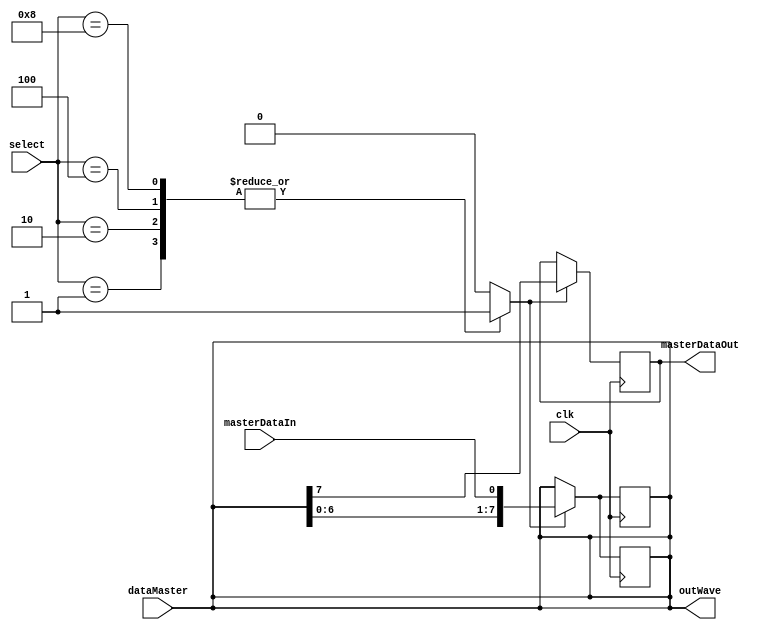
module master(clk,select,dataMaster,masterDataOut,masterDataIn,outWave);
input clk;
input [4:1] select;
input [7:0] dataMaster;
input masterDataIn;
output reg masterDataOut;
output reg [7:0] outWave;
//
parameter Slave1 = 4'b0001, Slave2 = 4'b0010, Slave3 = 4'b0100, Slave4 = 4'b1000;
//
reg [7:0] data;
reg en = 0;
integer count = 0;
// 
always @(dataMaster) begin // If dataMaster change the transmission will start begin
    data = dataMaster;
    count = 0;
    outWave = data;
    // select == en, it only active HIGH when only one slave in 4 slaves was selected
    case (select)
    Slave1: en = 1;
    Slave2: en = 1;
    Slave3: en = 1;
    Slave4: en = 1;
    // if number of slaves was selected >= 2, The Transmission didn't started
    default: en = 0;
    endcase
end
//
always @(posedge clk) begin
    if (en) begin
        if (count < 9) begin
            data = data << 1;
            data[0] = masterDataIn;
            outWave = data;
        end
        else begin
            outWave = data;
        end
    end
    else begin
        outWave = data;
    end
end
//
always @(negedge clk) begin
    if (en) begin
        masterDataOut = data[7];  
        count = count + 1;
    end
end
//
endmodule